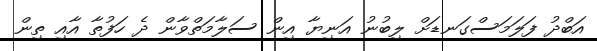
އަބްދު ފަލަމަސްގަނޑަށް ލިބުނު އަނިޔާ އިން ސަލާމަތްވާން ދެ ހަފުތާ އާއި ތިން